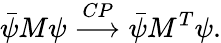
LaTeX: \bar{\psi}M\psi\stackrel{CP}{\longrightarrow}\bar{\psi}M^{T}\psi.